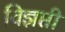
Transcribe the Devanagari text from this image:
विज्ञप्ती